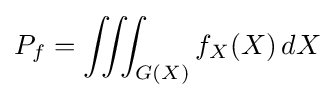
P_{f}=\iiint _{G(X)}f_{X}(X)\,dX